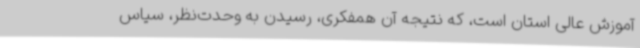
آموزش عالی استان است، که نتیجه آن همفکری، رسیدن به وحدت‌نظر، سیاس